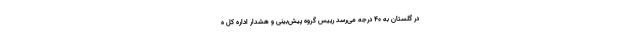
در گلستان به ۴۰ درجه می‌رسد رییس گروه پیش‌بینی و هشدار اداره کل ه